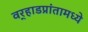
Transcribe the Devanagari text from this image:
वर्‍हाडप्रांतामध्ये